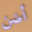
أضن